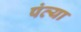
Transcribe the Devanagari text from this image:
पंत्या